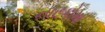
નાટકોમા